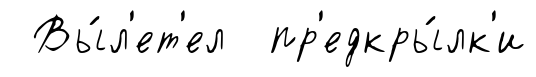
Вы́л'ет'ел пр'едкры́лк'и